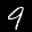
Label: 9